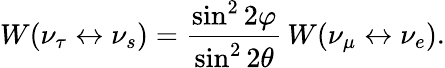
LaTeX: W(\nu_{\tau}\leftrightarrow\nu_{s})=\frac{\sin^{2}2\varphi}{\sin^{2}2\theta}\, W(\nu_{\mu}\leftrightarrow\nu_{e}).